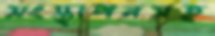
সংস্থাপনসহ